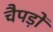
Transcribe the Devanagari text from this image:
चैपड़ों